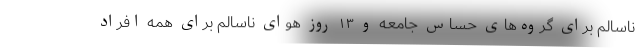
ناسالم برای گروه‌های حساس جامعه و ۱۳‌ روز هوای ناسالم برای همه افراد